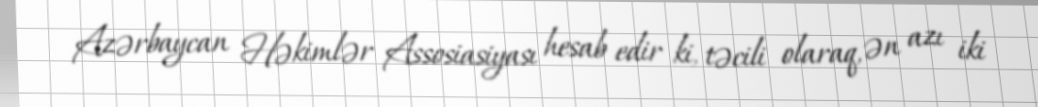
Azərbaycan Həkimlər Assosiasiyası hesab edir ki, təcili olaraq, ən azı iki